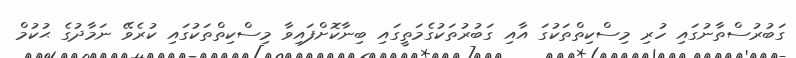
ގަބުރުސްތާނުގައި ހުރި މިސްކިތްތަކުގަ އާއި ގަބުރުތަކުގެމަތީގައި ބިނާކޮށްފައިވާ މިސްކިތްތަކުގައި ކުރެވޭ ނަމާދުގެ ޙުކުމް